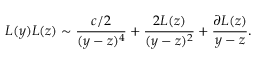
L ( y ) L ( z ) \sim \frac { c / 2 } { ( y - z ) ^ { 4 } } + \frac { 2 L ( z ) } { ( y - z ) ^ { 2 } } + \frac { \partial L ( z ) } { y - z } .